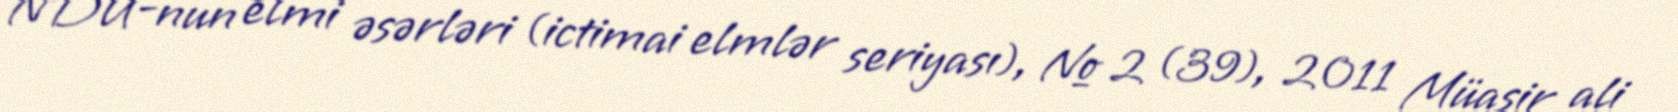
NDU-nun elmi əsərləri (ictimai elmlər seriyası), № 2 (39), 2011 Müasir ali